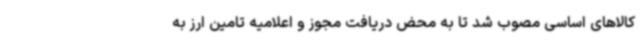
کالاهای اساسی مصوب شد تا به محض دریافت مجوز و اعلامیه تامین ارز به